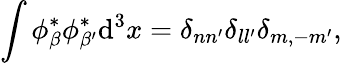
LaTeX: \int\phi_{\beta}^{\ast}\phi_{\beta^{\prime}}^{\ast}\mathrm{d}^{3}x=\delta_{nn^{\prime}}\delta_{ll^{\prime}}\delta_{m,-m^{\prime}},